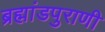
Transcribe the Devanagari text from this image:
ब्रह्मांडपुराणी